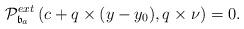
LaTeX: \begin{align*}\mathcal{P}_{\mathfrak{b}_{a}}^{ext}\left( c+q\times (y-y_{0}),q\times \nu\right)=0.\end{align*}